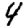
Digit: 4